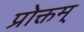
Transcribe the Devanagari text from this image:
प्रोक्तम्